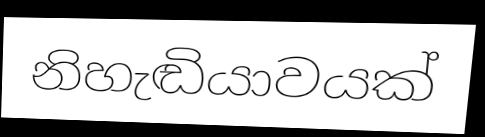
නිහැඬියාවයක්